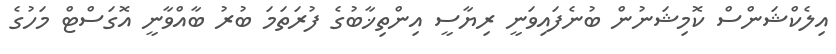
އިލެކްޝަންސް ކޮމިޝަނުން ބުނެފައިވަނީ ރިޔާސީ އިންތިޚާބުގެ ފުރަތަމަ ބުރު ބާއްވާނީ އޮގަސްޓް މަހުގެ